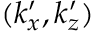
( k _ { x } ^ { \prime } , k _ { z } ^ { \prime } )